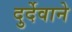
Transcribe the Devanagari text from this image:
दुर्देवाने